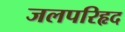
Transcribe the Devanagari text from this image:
जलपरिहृद